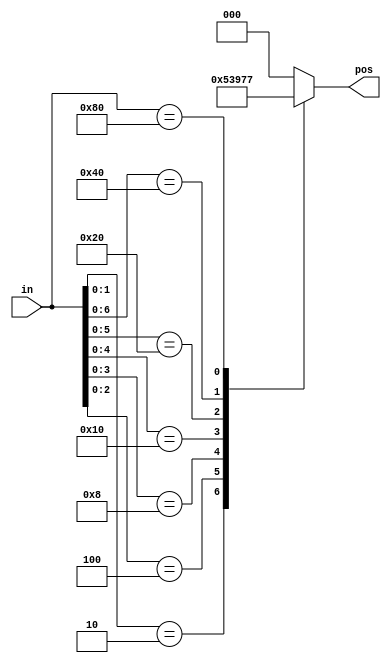
module top_module (
    input [7:0] in,
    output reg [2:0] pos );
	always@(*)begin
		casez(in[7:0])
			8'bzzzz_zzz1:pos = 0;
			8'bzzzz_zz10:pos = 1;
			8'bzzzz_z100:pos = 2;
			8'bzzzz_1000:pos = 3;
			8'bzzz1_0000:pos = 4;
			8'bzz10_0000:pos = 5;
			8'bz100_0000:pos = 6;
			8'b1000_0000:pos = 7;
			default:     pos = 0;
		endcase

	end

endmodule